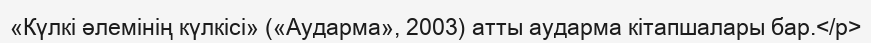
«Күлкі әлемінің күлкісі» («Аударма», 2003) атты аударма кітапшалары бар.</p>